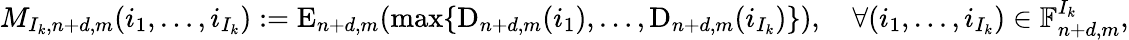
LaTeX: M_{{I_{k}},n+d,m}(i_{1},\ldots,i_{I_{k}}):=\mathrm{E}_{n+d,m}(\operatorname*{max}\{ \mathrm{D}_{n+d,m}(i_{1}),\ldots,\mathrm{D}_{n+d,m}(i_{I_{k}})\} ),\quad\forall(i_{1},\ldots,i_{I_{k}})\in\mathbb{F}_{n+d,m}^{I_{k}},